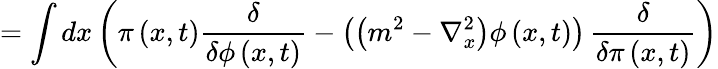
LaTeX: =\int dx\left(\pi\left(x,t\right)\frac{\delta}{\delta\phi\left(x,t\right)}-\left(\left(m^{2}-\nabla_{x}^{2}\right)\phi\left(x,t\right)\right)\, \frac{\delta}{\delta\pi\left(x,t\right)}\right)